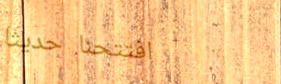
افتتحنا حديثاً